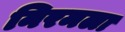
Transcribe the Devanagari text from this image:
निरमला